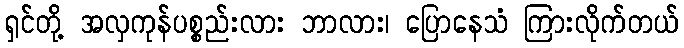
ရှင်တို့ အလှကုန်ပစ္စည်းလား ဘာလား၊ ပြောနေသံ ကြားလိုက်တယ်